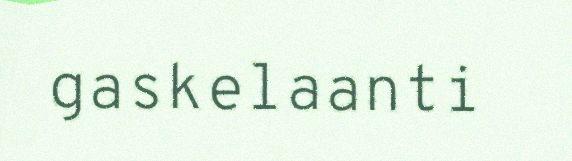
gaskelaanti